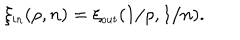
LaTeX: \xi _ { \small i n } ( \rho , n ) = \xi _ { \small o u t } ( 1 / \rho , 1 / n ) .